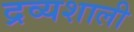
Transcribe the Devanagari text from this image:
द्रव्यशाली